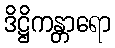
ဒိဋ္ဌိကန္တာရော